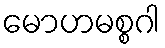
မောဟမစ္စဂါ